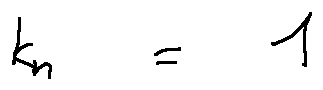
k _ { n } = 1